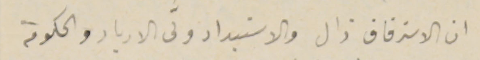
ان الاسترقاق زال والاستبداد ولَّى الاديار والحكومة